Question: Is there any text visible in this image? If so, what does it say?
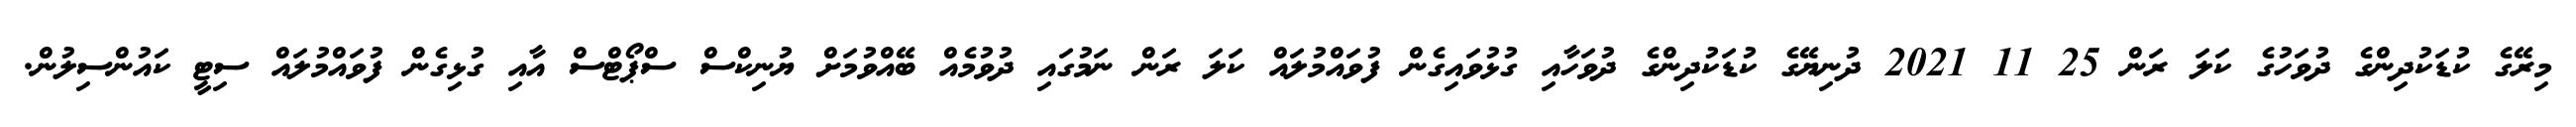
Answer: މިރޭގެ ކުޑަކުދިންގެ ދުވަހުގެ ކަލަ ރަން 25 11 2021 ދުނިޔޭގެ ކުޑަކުދިންގެ ދުވަހާއި ގުޅުވައިގެން ފުވައްމުލައް ކަލަ ރަން ނަމުގައި ދުވުމެއް ބޭއްވުމަށް ޔުނިކްސް ސްޕޯޓްސް އާއި ގުޅިގެން ފުވައްމުލައް ސިޓީ ކައުންސިލުން.